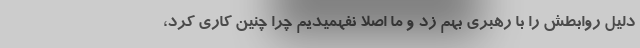
دلیل روابطش را با رهبری بهم زد و ما اصلا نفهمیدیم چرا چنین کاری کرد،